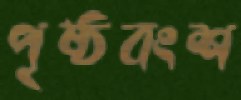
পৃষ্ঠবংশ